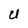
Character: U